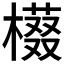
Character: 𱤔